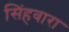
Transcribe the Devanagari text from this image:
सिंहवारा